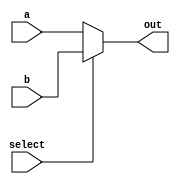
//MUX 2X1

`timescale 1ns / 1ps
module mux(input select, input [6:0] a, input [6:0] b, output reg [6:0] out);
	always@(*)
	begin
		if (select==0)
			out=a;
		else
			out=b;
	end
endmodule